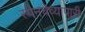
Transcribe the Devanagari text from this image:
स्पेनचेव्यापारी